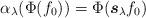
LaTeX: \begin{align*} \alpha_\lambda(\Phi(f_0)) = \Phi(\boldsymbol{s}_\lambda f_0)\end{align*}